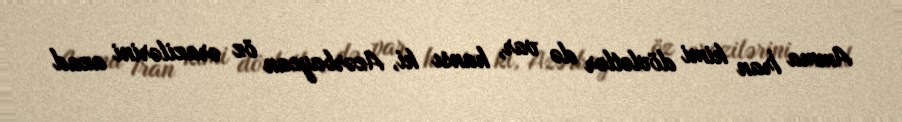
Amma İran kimi dövlətlər də var, hansı ki, Azərbaycan öz ərazilərini azad